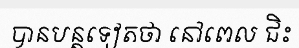
បានបន្តទៀតថា នៅពេល ជិះ